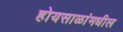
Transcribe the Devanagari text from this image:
होयसाळांमधील